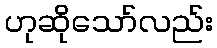
ဟုဆိုသော်လည်း